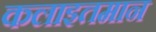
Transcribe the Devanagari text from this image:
कलाइतमान